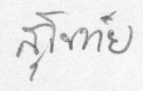
สุโขทัย